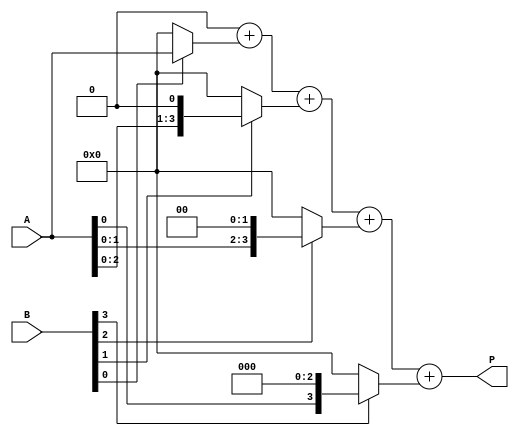
module array_multiplier #(parameter m = 4, n = 4) (
    input [m-1:0] A,         // m-bit input A
    input [n-1:0] B,         // n-bit input B
    output reg [m+n-1:0] P   // m+n-bit output product P
);

    // Intermediate partial products
    reg [m-1:0] partial_products [0:n-1];

    integer i, j;

    // Generate partial products
    always @(*) begin
        // Initialize product to zero
        P = 0;

        // Generate partial products
        for (i = 0; i < n; i = i + 1) begin
            if (B[i] == 1'b1) begin
                partial_products[i] = A << i; // Shift A left by i if B[i] is high
            end else begin
                partial_products[i] = 0; // Zero if B[i] is low
            end
        end

        // Summation of partial products
        for (j = 0; j < n; j = j + 1) begin
            P = P + partial_products[j];
        end
    end

endmodule